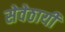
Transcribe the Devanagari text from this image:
सेवेठायी